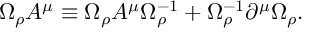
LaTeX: \Omega _ { \rho } A ^ { \mu } \equiv \Omega _ { \rho } A ^ { \mu } \Omega _ { \rho } ^ { - 1 } + \Omega _ { \rho } ^ { - 1 } \partial ^ { \mu } \Omega _ { \rho } .